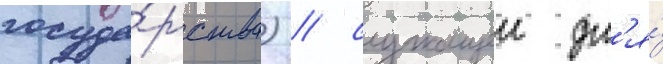
госуда́рства) / служащеи дл'я́